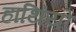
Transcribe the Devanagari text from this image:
हाथिंयो